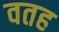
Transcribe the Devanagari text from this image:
वतह